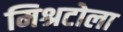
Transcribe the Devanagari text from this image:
मिश्रटोला